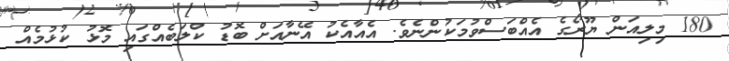
180 މިލިއަން ޔޫރޯގެ އެއްބަސްވުމަކުންނެވެ. އެއާއެކު އޭނާއަށް ބޮޑު ކްލަބެއްގައި މޮޅު ކުޅުމެއް